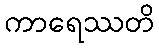
ကာရေဿတိ